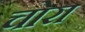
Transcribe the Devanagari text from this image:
चोरा